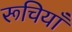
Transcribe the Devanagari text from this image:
रूचियाँ